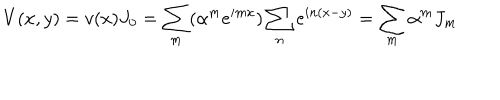
LaTeX: V ( x , y ) = v ( x ) J _ { 0 } = \sum _ { m } ( \alpha ^ { m } e ^ { i m x } ) \sum _ { n } e ^ { i n ( x - y ) } = \sum _ { m } \alpha ^ { m } J _ { m }